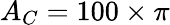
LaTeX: A_{C}=100\times\pi